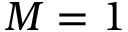
M = 1